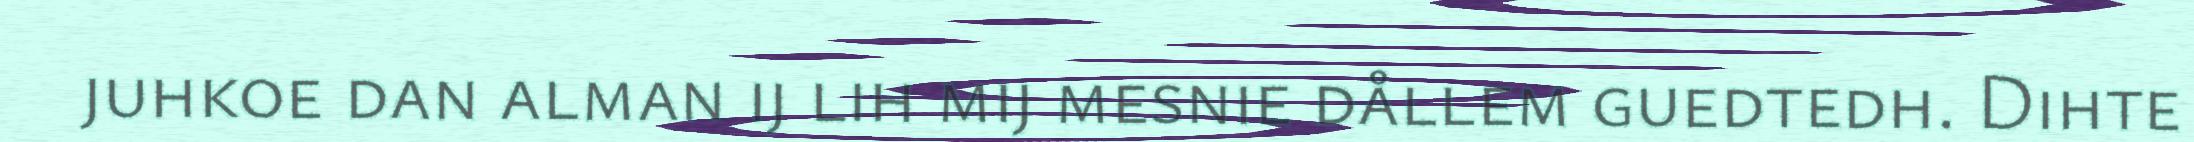
juhkoe dan alman ij lih mij mesnie dållem guedtedh. Dihte